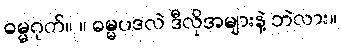
ဓမ္မဂုတ်။ ။ ဓမ္မပဒလဲ ဒီလိုအများနဲ့ ဘဲလား။